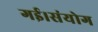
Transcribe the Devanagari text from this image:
गई।संयोग